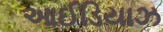
આઈડિયાઝ